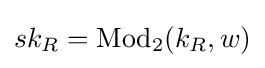
sk_{R}=\operatorname {Mod} _{2}(k_{R},w)